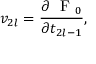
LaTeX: v _ { 2 l } = \frac { \partial \mathrm { ~ \cal ~ F ~ } _ { 0 } } { \partial t _ { 2 l - 1 } } ,